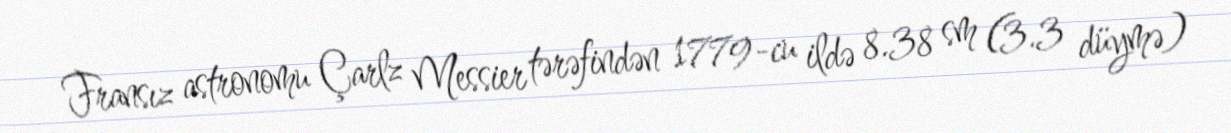
Fransız astronomu Çarlz Messier tərəfindən 1779-cu ildə 8.38 sm (3.3 düymə)